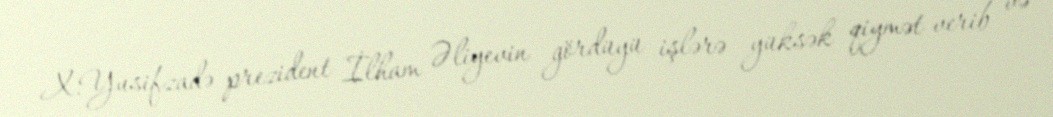
X.Yusifzadə prezident İlham Əliyevin gördüyü işlərə yüksək qiymət verib və